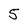
Character: 5